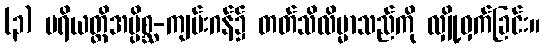
(၃) ပရိယတ္တိအပ္ပိစ္ဆ-ကျမ်းဂန်၌ တတ်သိလိမ္မာသည်ကို လျှို့ဝှက်ခြင်း။